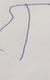
Signature authenticity: forged